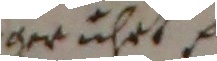
gerührt.